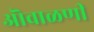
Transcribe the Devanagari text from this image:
ऒवाळणी